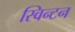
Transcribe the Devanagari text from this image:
स्विन्टन